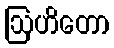
ဩဟိတော